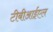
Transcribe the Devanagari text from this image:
टीबीआईएल